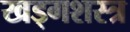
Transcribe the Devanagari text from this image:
खड्गशस्त्र